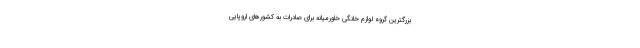
بزرگترین گروه لوازم خانگی خاورمیانه برای صادرات به کشورهای اروپایی